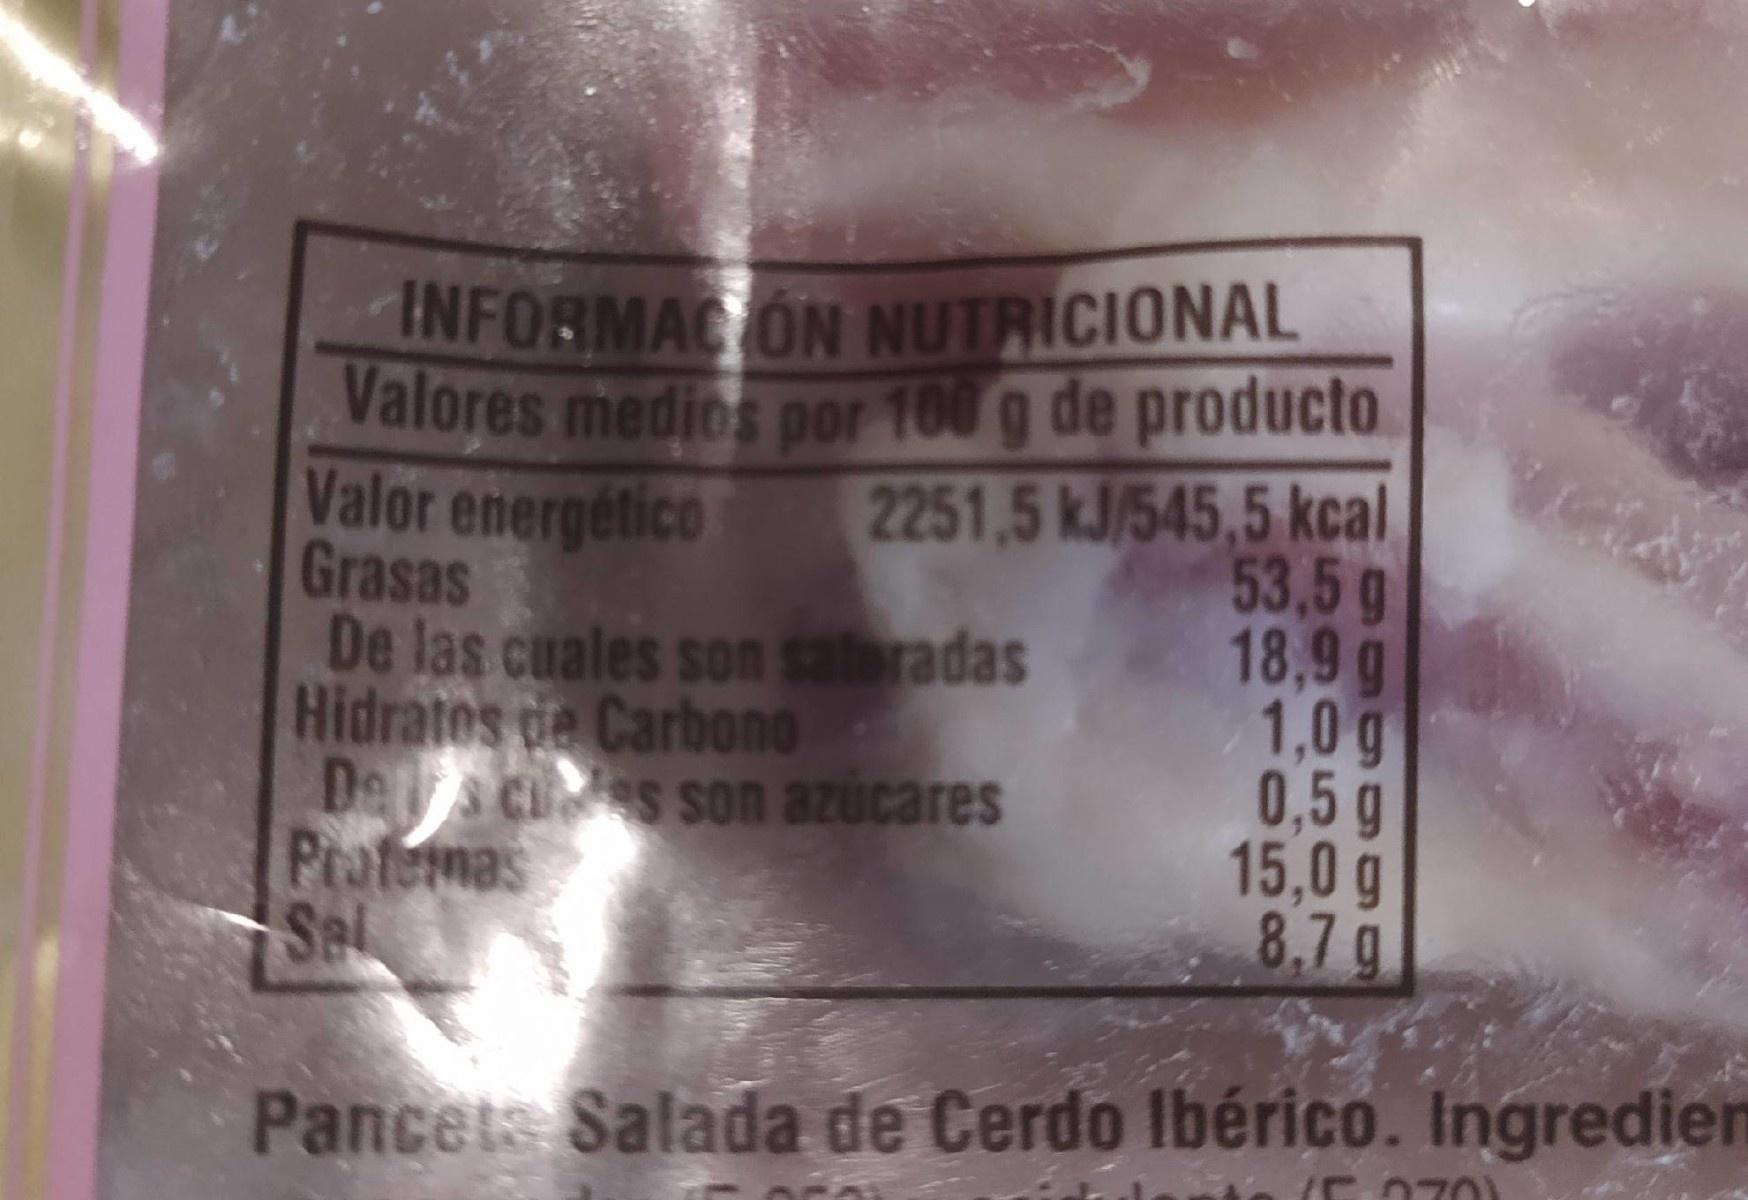
INFORMAC ON NUTRICIONAL Valores medios por 100 g de producto Valor energético Grasas De las cuales son satoradas Hidratos de Carbono De cs son azúcares Pratemas Sel
6.
2251,5 kJ/545,5 kcal 53,5 g 18,9 g 1,0 g 0,5 g 15,0 g 8.7g
Pancets Salada de Cerdo Ibérico. Ingredien